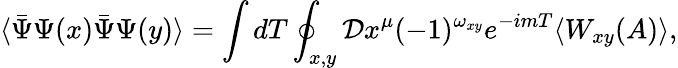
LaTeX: \langle\bar{\Psi}\Psi(x)\bar{\Psi}\Psi(y)\rangle=\int dT\oint_{x,y}{\cal D}x^{\mu}(-1)^{\omega_{xy}}e^{-imT}\langle W_{xy}(A)\rangle,